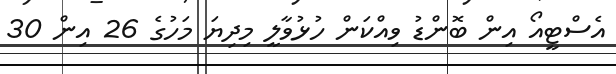
އެސްޓީއޯ އިން ބޮންޑު ވިއްކަން ހުޅުވާލީ މިދިޔަ މަހުގެ 26 އިން 30